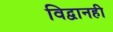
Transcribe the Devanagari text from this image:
विद्वानही